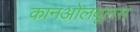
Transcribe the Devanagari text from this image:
कानओलबूलस